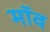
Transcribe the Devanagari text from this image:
मॉव